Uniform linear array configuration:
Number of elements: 4
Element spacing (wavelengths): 0.25
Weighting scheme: exponential
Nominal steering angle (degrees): -15
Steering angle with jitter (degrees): -14.277
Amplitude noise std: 0.05
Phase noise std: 0.05

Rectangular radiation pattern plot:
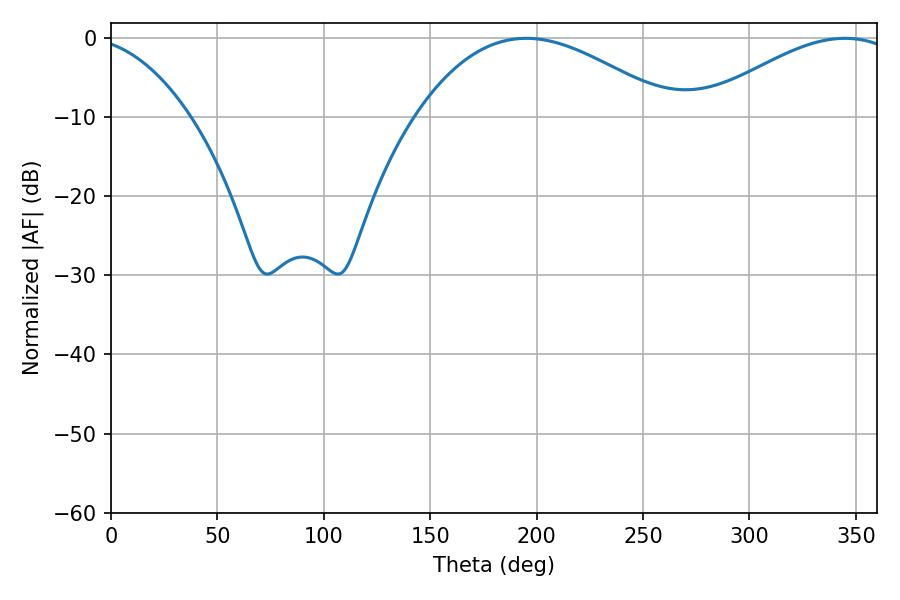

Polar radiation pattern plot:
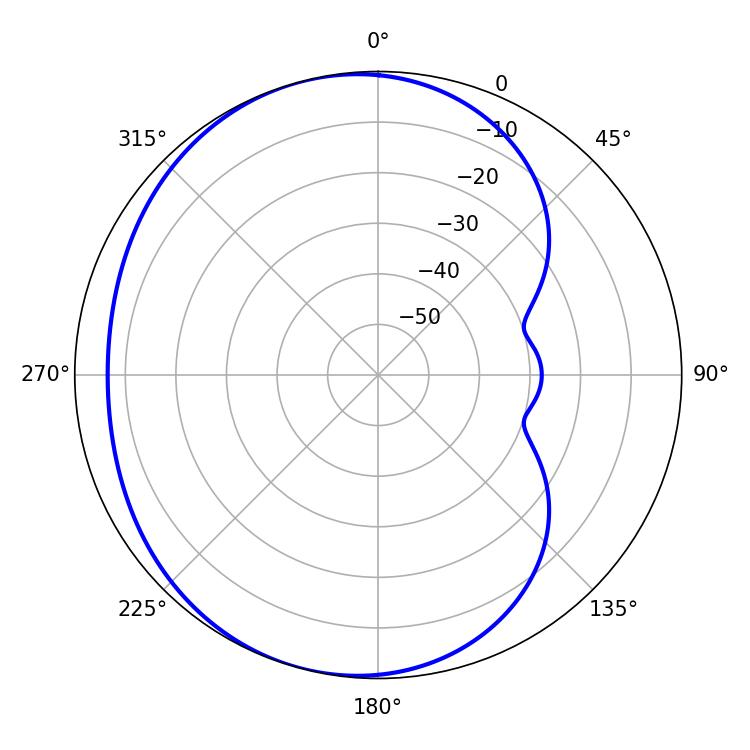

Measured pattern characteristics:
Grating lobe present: FALSE
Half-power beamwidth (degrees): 66.06
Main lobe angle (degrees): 195.12